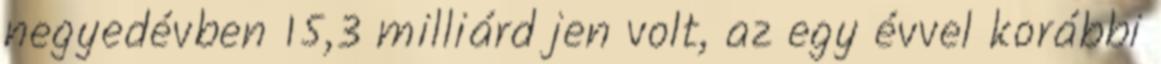
negyedévben 15,3 milliárd jen volt, az egy évvel korábbi